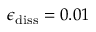
\epsilon _ { \mathrm { d i s s } } = 0 . 0 1